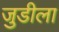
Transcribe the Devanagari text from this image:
जुडीला